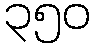
၃၅၀